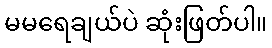
မမရေချယ်ပဲ ဆုံးဖြတ်ပါ။